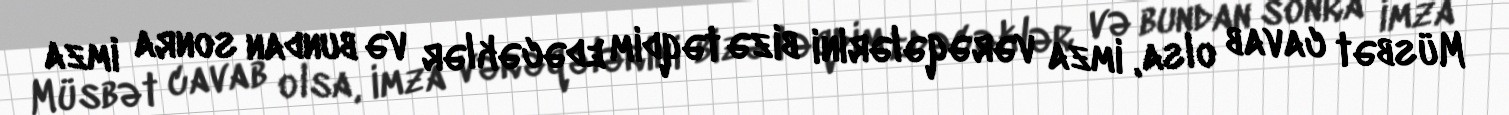
Müsbət cavab olsa, imza vərəqələrini bizə təqdim edəcəklər və bundan sonra imza